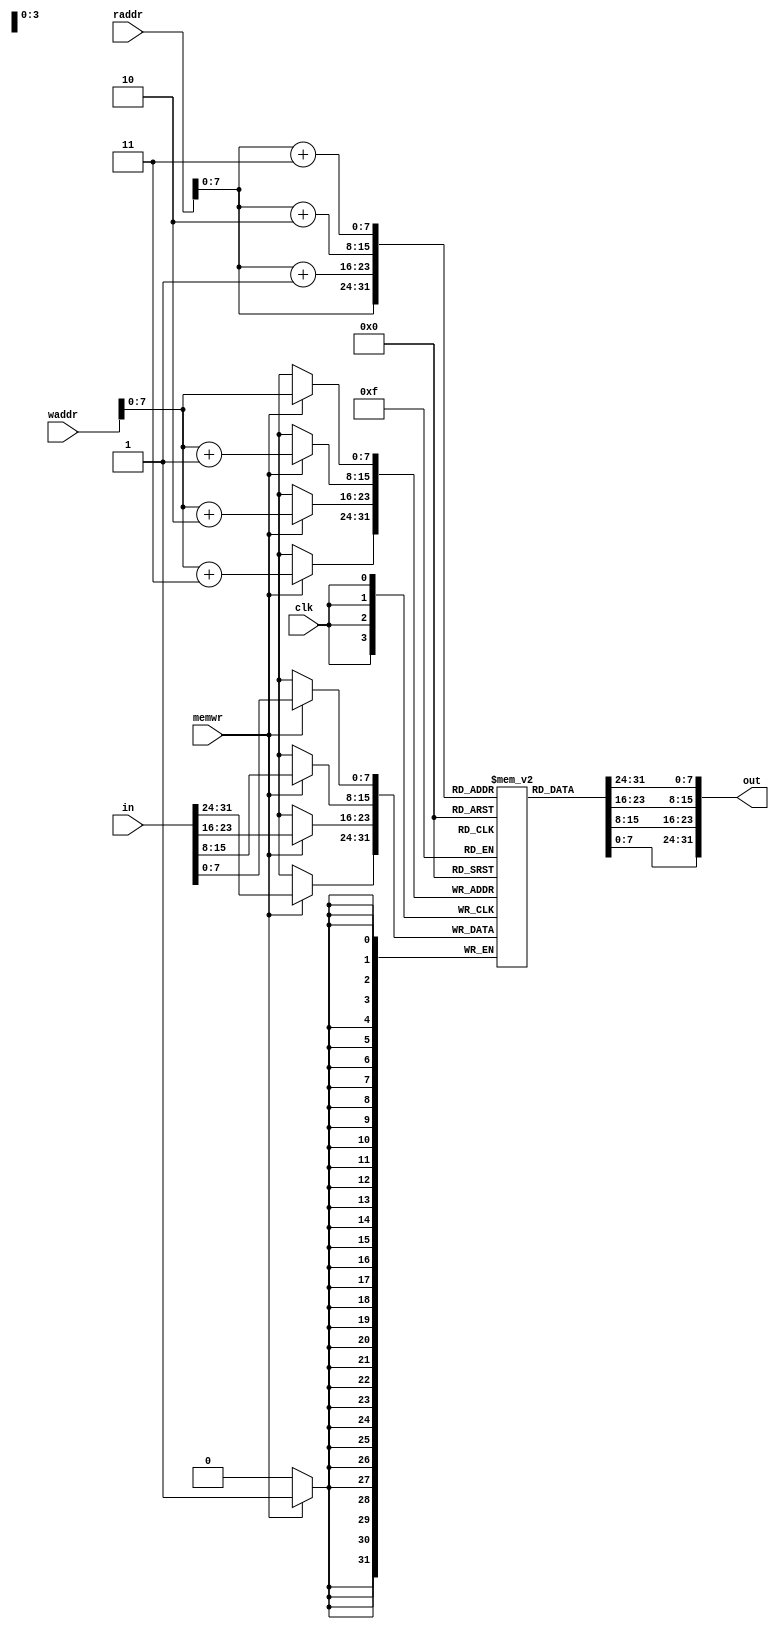
//dmem-nclk.v instruction memory
//reading is not clock controlled
//up to regfile clk to determine if input valid
module dmemnclk(
out,
in,
raddr,
waddr,
memwr,
clk
);
//input
input [31:0] in;
input [31:0] raddr; 
input [31:0] waddr; 
input memwr;
input clk;

//output
output reg [31:0] out;

//intermediate
reg [7:0] ram [255:0];

always @(negedge clk) begin
	if(memwr) begin
		ram [waddr] <= in[7:0];
		ram [waddr+1] <= in[15:8];
		ram [waddr+2] <= in[23:16];
		ram [waddr+3] <= in[31:24];

	end
		

end
always @(*) begin
	out[7:0] <= ram [raddr];
	out[15:8] <= ram [raddr+1];
	out[23:16] <= ram [raddr+2];
	out[31:24] <= ram [raddr+3];

end
endmodule